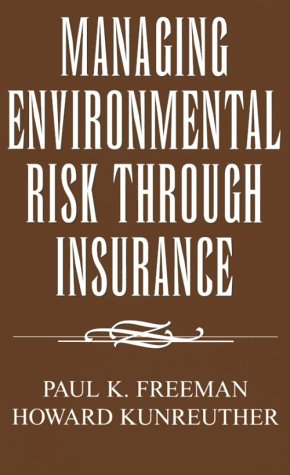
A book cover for Managing Environmental Risk Through Insurance (Studies in Risk and Uncertainty); Paul K. Freeman; Business & Money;